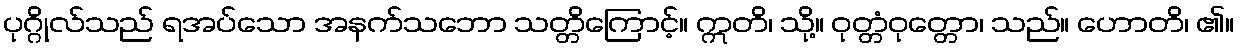
ပုဂ္ဂိုလ်သည် ရအပ်သော အနက်သဘော သတ္တိကြောင့်။ ဣတိ၊ သို့။ ဝုတ္တံဝုတ္တော၊ သည်။ ဟောတိ၊ ၏။